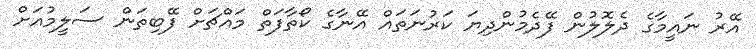
އޭރު ނައީމާގެ ދެލޮލުން ފޭދެމުންދިޔަ ކަރުނަތައް އޭނާގެ ކޯތާފަތް މައްޗަށް ފޭބިތަން ސަލީމުއަށް